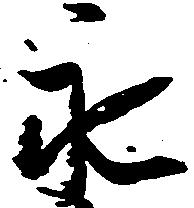
永